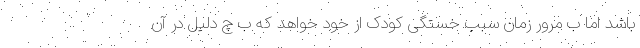
باشد اما ب مرور زمان سبب خستگی کودک از خود خواهد که ب چ دلیل در آن